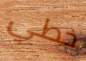
خطي